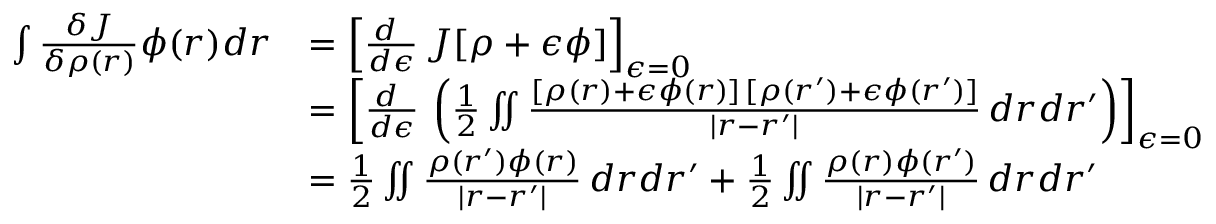
{ \begin{array} { r l } { \int { \frac { \delta J } { \delta \rho ( { \boldsymbol { r } } ) } } \phi ( { \boldsymbol { r } } ) d { \boldsymbol { r } } } & { = \left[ { \frac { d \ } { d \epsilon } } \, J [ \rho + \epsilon \phi ] \right] _ { \epsilon = 0 } } \\ & { = \left[ { \frac { d \ } { d \epsilon } } \, \left( { \frac { 1 } { 2 } } \iint { \frac { [ \rho ( { \boldsymbol { r } } ) + \epsilon \phi ( { \boldsymbol { r } } ) ] \, [ \rho ( { \boldsymbol { r } } ^ { \prime } ) + \epsilon \phi ( { \boldsymbol { r } } ^ { \prime } ) ] } { | { \boldsymbol { r } } - { \boldsymbol { r } } ^ { \prime } | } } \, d { \boldsymbol { r } } d { \boldsymbol { r } } ^ { \prime } \right) \right] _ { \epsilon = 0 } } \\ & { = { \frac { 1 } { 2 } } \iint { \frac { \rho ( { \boldsymbol { r } } ^ { \prime } ) \phi ( { \boldsymbol { r } } ) } { | { \boldsymbol { r } } - { \boldsymbol { r } } ^ { \prime } | } } \, d { \boldsymbol { r } } d { \boldsymbol { r } } ^ { \prime } + { \frac { 1 } { 2 } } \iint { \frac { \rho ( { \boldsymbol { r } } ) \phi ( { \boldsymbol { r } } ^ { \prime } ) } { | { \boldsymbol { r } } - { \boldsymbol { r } } ^ { \prime } | } } \, d { \boldsymbol { r } } d { \boldsymbol { r } } ^ { \prime } } \end{array} }